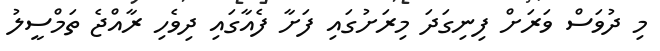
މި ދުވަސް ވަރަށް ފިނިގަދަ މިރަށުގައި ފަށާ ފެއާގައި ދިވެހި ރާއްޖެ ތަމްސީލު